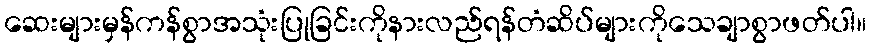
ဆေးများမှန်ကန်စွာအသုံးပြုခြင်းကိုနားလည်ရန်တံဆိပ်များကိုသေချာစွာဖတ်ပါ။